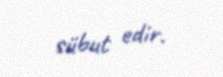
sübut edir.